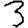
Digit: 3